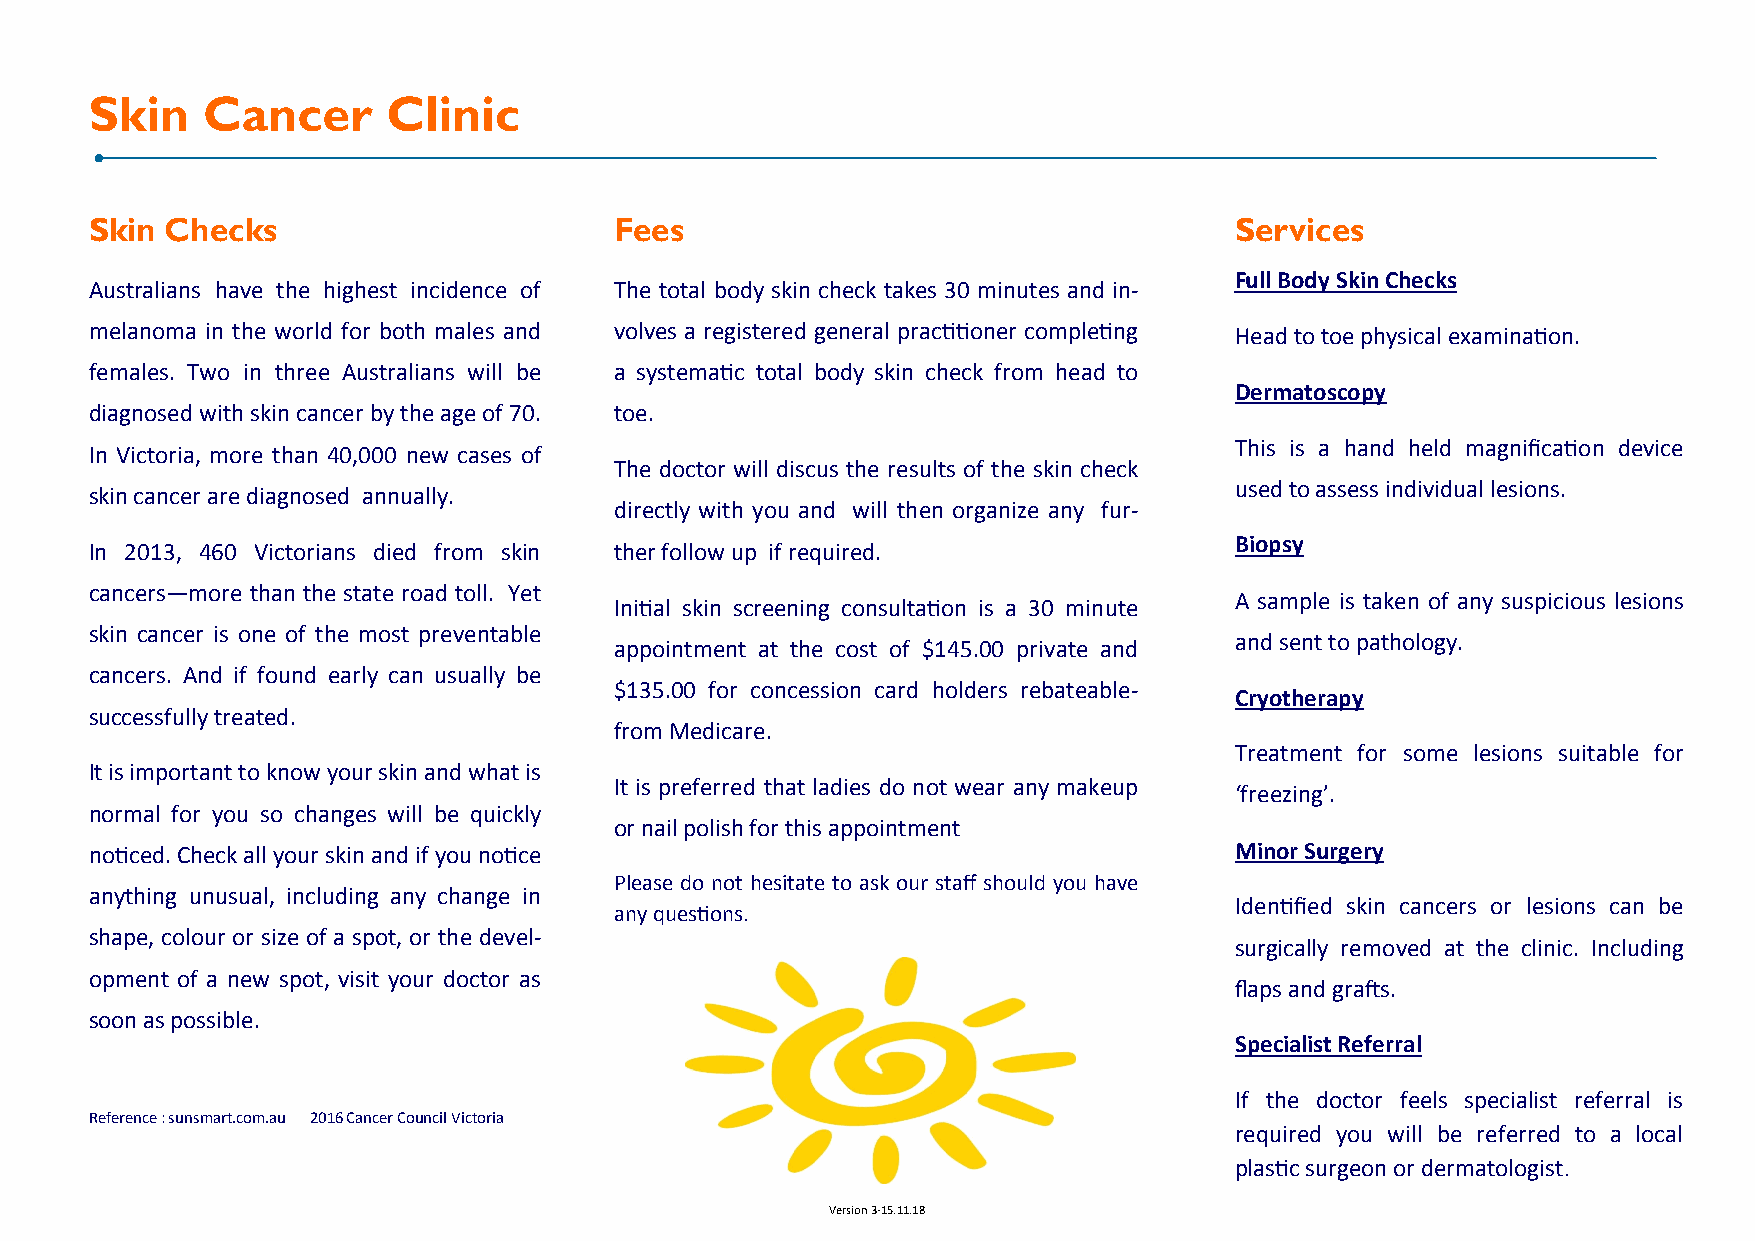
Skin   Cancer       Clinic
 Skin Checks                        Fees                                     Services
 Full Body Skin Checks
 Australians have the highest incidence of The total body skin check takes 30 minutes and in-
 melanoma in the world for both males and volves a registered general practitioner completing Head to toe physical examination.
 females. Two in three Australians will be a systematic total body skin check from head to
 Dermatoscopy
 diagnosed with skin cancer by the age of 70. toe.
 This is a hand held magnification device
 In Victoria, more than 40,000 new cases of
 The doctor will discus the results of the skin check
 used to assess individual lesions.
 skin cancer are diagnosed annually.
 directly with you and will then organize any fur-
 Biopsy
 In 2013, 460 Victorians died from skin ther follow up if required.
 cancers—more than the state road toll. Yet
 A sample is taken of any suspicious lesions
 Initial skin screening consultation is a 30 minute
 skin cancer is one of the most preventable
 and sent to pathology.
 appointment at the cost of $145.00 private and
 cancers. And if found early can usually be
 $135.00 for concession card holders rebateable-
 Cryotherapy
 successfully treated.
 from Medicare.
 Treatment for some lesions suitable for
 It is important to know your skin and what is
 It is preferred that ladies do not wear any makeup
 ‘freezing’.
 normal for you so changes will be quickly
 or nail polish for this appointment
 noticed. Check all your skin and if you notice                              Minor Surgery
 Please do not hesitate to ask our staff should you have
 anything unusual, including any change in
 Identified skin cancers or lesions can be
 any questions.
 shape, colour or size of a spot, or the devel-
 surgically removed at the clinic. Including
 opment of a new spot, visit your doctor as
 flaps and grafts.
 soon as possible.
 Specialist Referral
 If the doctor feels specialist referral is
 Reference : sunsmart.com.au 2016 Cancer Council Victoria
 required you will be referred to a local
 plastic surgeon or dermatologist.
 Version 3-15.11.18